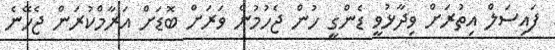
ފައިސަލް އިތުރަށް ވިދާޅުވީ ޑެންގީ ހުން ޖެހުމުން ވަރަށް ބޮޑަށް އަރާމްކުރަން ޖެހޭނެ